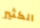
الكثير